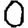
Digit: 0